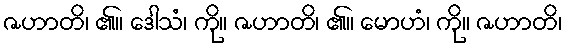
ဇဟာတိ၊ ၏။ ဒေါသံ၊ ကို။ ဇဟာတိ၊ ၏။ မောဟံ၊ ကို။ ဇဟာတိ၊